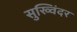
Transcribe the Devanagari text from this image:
सुख्विंदर